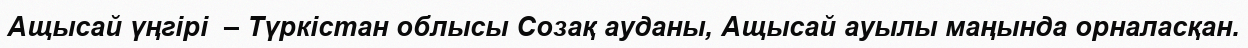
Ащысай үңгірі  – Түркістан облысы Созақ ауданы, Ащысай ауылы маңында орналасқан.